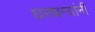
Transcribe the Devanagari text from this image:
घरधन्यांनी